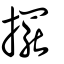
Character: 擺